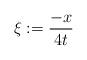
LaTeX: \begin{align*} \xi:=\frac{-x}{4t}\end{align*}